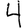
Digit: 4